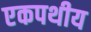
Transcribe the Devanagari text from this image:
एकपथीय